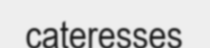
cateresses